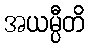
အယမ္ပီတိ